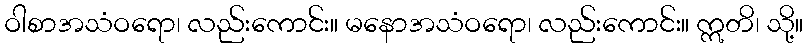
ဝါစာအသံဝရော၊ လည်းကောင်း။ မနောအသံဝရော၊ လည်းကောင်း။ ဣတိ၊ သို့။